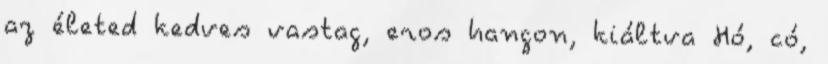
az életed kedves vastag, eros hangon, kiáltva Hó, có,